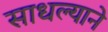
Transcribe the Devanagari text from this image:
साधल्याने